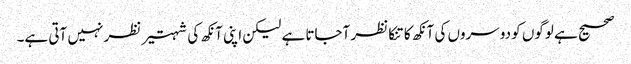
صحیح ہے لوگوں کو دوسروں کی آنکھ کا تنکا نظر آجاتا ہے لیکن اپنی آنکھ کی شہتیر نظر نہیں آتی ہے۔